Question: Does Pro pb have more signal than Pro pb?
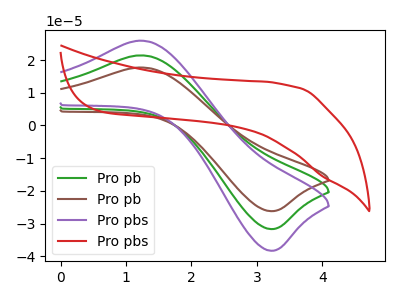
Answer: <think>The green curve "Pro pb" has an anodic peak at (1.20V, 21.45uA) and a cathodic peak at (3.20V, -31.65uA). The brown curve "Pro pb" has an anodic peak at (1.20V, 17.75uA) and a cathodic peak at (3.20V, -26.20uA). The purple curve "Pro pbs" has an anodic peak at (1.20V, 42.90uA) and a cathodic peak at (3.20V, -63.30uA). The red curve "Pro pbs" has no peaks.
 All the peaks in "Pro pb" have a peak in "Pro pb" at the same potential. Every peak in "Pro pb" is lower than every peak in "Pro pb".</think>
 <answer>"Pro pb" has less signal than "Pro pb".</answer>
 <eval>less_signal</eval>